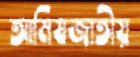
আমিষজাতীয়